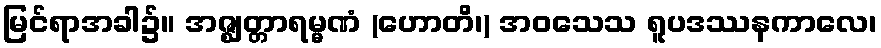
မြင်ရာအခါ၌။ အဇ္ဈတ္တာရမ္မဏံ (ဟောတိ၊) အဝသေသ ရူပဒဿနကာလေ၊